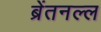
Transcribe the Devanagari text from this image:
ब्रेंतनल्ल